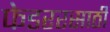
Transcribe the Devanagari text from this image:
फेडररसाठी